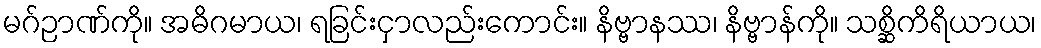
မဂ်ဉာဏ်ကို။ အဓိဂမာယ၊ ရခြင်းငှာလည်းကောင်း။ နိဗ္ဗာနဿ၊ နိဗ္ဗာန်ကို။ သစ္ဆိကိရိယာယ၊